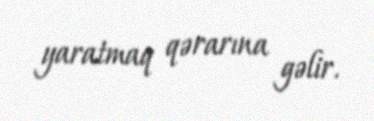
yaratmaq qərarına gəlir.